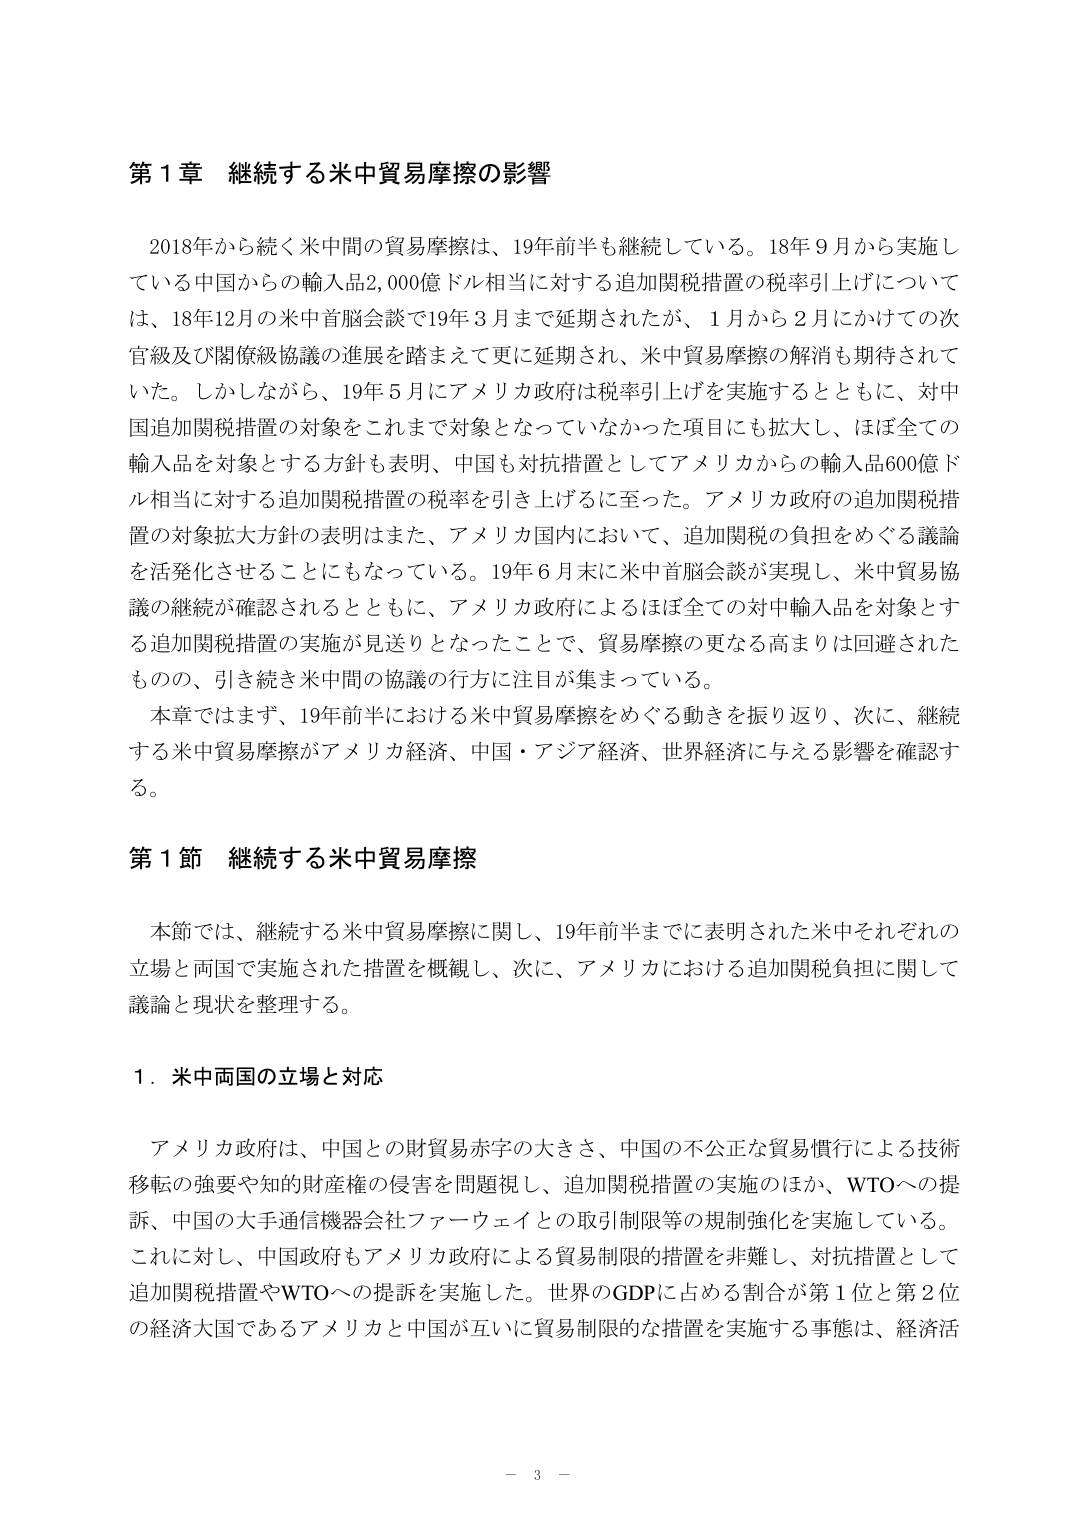
第１章 継続する米中貿易摩擦の影響

2018年から続く米中間の貿易摩擦は、19年前半も継続している。18年9月から実施している中国からの輸入品2,000億ドル相当に対する追加関税措置の税率引上げについては、18年12月の米中首脳会談で19年3月まで延期されたが、1月から2月にかけての次官級及び閣僚級協議の進展を踏まえて更に延期され、米中貿易摩擦の解消も期待されていた。しかしながら、19年5月にアメリカ政府は税率引上げを実施するとともに、対中国追加関税措置の対象をこれまで対象となっていなかった項目にも拡大し、ほぼ全ての輸入品を対象とする方針も表明、中国も対抗措置としてアメリカからの輸入品600億ドル相当に対する追加関税措置の税率を引き上げるに至った。アメリカ政府の追加関税措置の対象拡大方針の表明はまた、アメリカ国内において、追加関税の負担をめぐる議論を活発化させることにもなっている。19年6月末に米中首脳会談が実現し、米中貿易協議の継続が確認されるとともに、アメリカ政府によるほぼ全ての対中輸入品を対象とする追加関税措置の実施が見送りとなったことで、貿易摩擦の更なる高まりは回避されたものの、引き続き米中間の協議の行方に注目が集まっている。

本章ではまず、19年前半における米中貿易摩擦をめぐる動きを振り返り、次に、継続する米中貿易摩擦がアメリカ経済、中国・アジア経済、世界経済に与える影響を確認する。

第１節 継続する米中貿易摩擦

本節では、継続する米中貿易摩擦に関し、19年前半までに表明された米中それぞれの立場と両国で実施された措置を概観し、次に、アメリカにおける追加関税負担に関して議論と現状を整理する。

１．米中両国の立場と対応

アメリカ政府は、中国との財貿易赤字の大きさ、中国の不公正な貿易慣行による技術移転の強要や知的財産権の侵害を問題視し、追加関税措置の実施のほか、WTOへの提訴、中国の大手通信機器会社ファーウェイとの取引制限等の規制強化を実施している。これに対し、中国政府もアメリカ政府による貿易制限の措置を非難し、対抗措置として追加関税措置やWTOへの提訴を実施した。世界のGDPに占める割合が第1位と第2位の経済大国であるアメリカと中国が互いに貿易制限的な措置を実施する事態は、経済活

－ 3 －